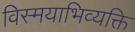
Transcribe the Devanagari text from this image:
विस्मयाभिव्यक्ति